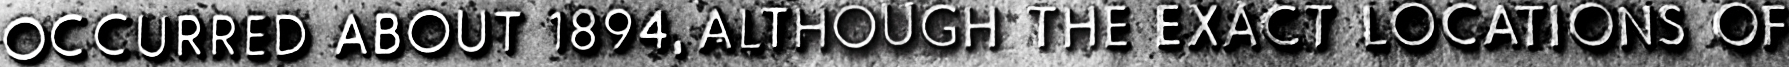
OCCURRED ABOUT 1894, ALTHOUGH THE EXACT LOCATIONS OF